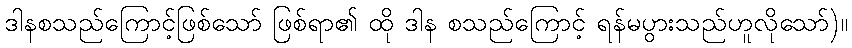
ဒါနစသည်ကြောင့်ဖြစ်သော် ဖြစ်ရာ၏ ထို ဒါန စသည်ကြောင့် ရန်မပွားသည်ဟူလိုသော်)။